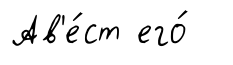
Ав'е́ст его́